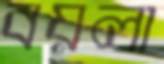
বয়লা